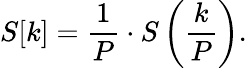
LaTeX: S[k]={\frac{1}{P}}\cdot S\left({\frac{k}{P}}\right).